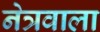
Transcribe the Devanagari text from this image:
नेत्रवाला